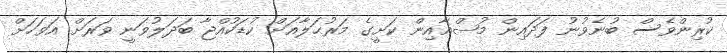
ކުރިންވެސް ބުނެވުނު ފަދައިން މުޟްޣާއިން ކަށީގެ މަރުޙަލާއަށް ކުޑަކުއްޖާ ބަދަލުވަނީ ވަރަށް އަވަހަށް